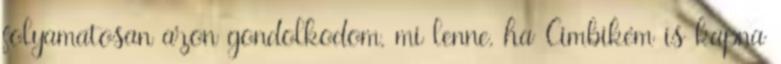
folyamatosan azon gondolkodom, mi lenne, ha Cimbikém is kapna